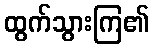
ထွက်သွားကြ၏